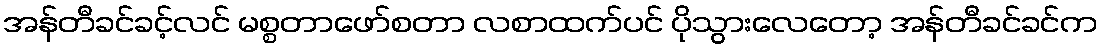
အန်တီခင်ခင့်လင် မစ္စတာဖော်စတာ လစာထက်ပင် ပိုသွားလေတော့ အန်တီခင်ခင်က